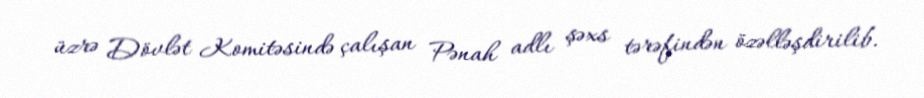
üzrə Dövlət Komitəsində çalışan Pənah adlı şəxs tərəfindən özəlləşdirilib.